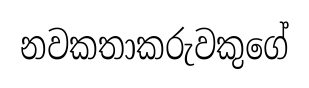
නවකතාකරුවකුගේ